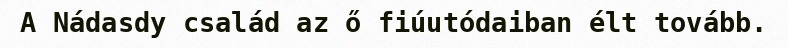
A Nádasdy család az ő fiúutódaiban élt tovább.